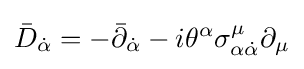
{\bar {D}}_{\dot {\alpha }}=-{\bar {\partial }}_{\dot {\alpha }}-i\theta ^{\alpha }\sigma _{\alpha {\dot {\alpha }}}^{\mu }\partial _{\mu }